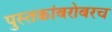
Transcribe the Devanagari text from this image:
पुस्तकांबरोबरच